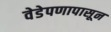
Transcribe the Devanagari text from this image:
वेडेपणापासून